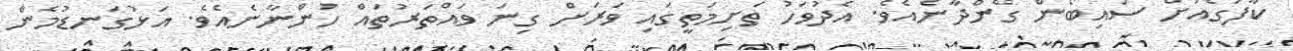
ކާފަގެއަށް ސައިބޯން ގެންދާނެއެވެ. އެދުވަހު ތަށިމަތީގައި ވަރަށް ގިނަ ވައްތަރުތައް ހުންނާނެއެވެ. އަޅުގަނޑުމެން